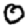
Digit: 0